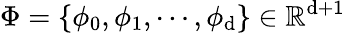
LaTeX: \Phi=\{ \phi_{0},\phi_{1},\cdots,\phi_{\mathrm{d}}\} \in\mathbb{{R}}^{\mathrm{d}+1}